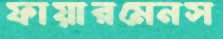
ফায়ারমেনস